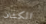
الكشاف